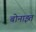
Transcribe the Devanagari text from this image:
बोनाइत